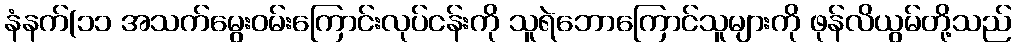
နံနက်(၁၁ အသက်မွေးဝမ်းကြောင်းလုပ်ငန်းကို သူရဲဘောကြောင်သူများကို ဖုန်လိယွမ်တို့သည်